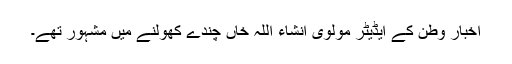
اخبار وطن کے ایڈیٹر مولوی انشاء اللہ خاں چندے کھولنے میں مشہور تھے۔